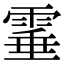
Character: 𩃒